Report on vaccination in Madras 1904-1921 - 1904-1921
Year: 1904
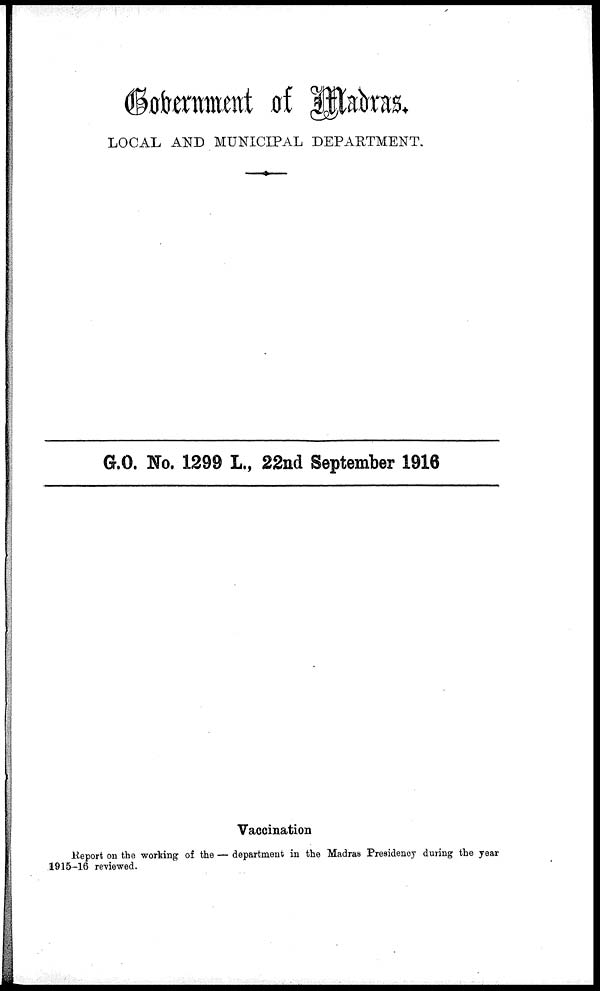
Government of Madras.
LOCAL AND MUNICIPAL DEPARTMENT.
G.O. No. 1299 L., 22nd September 1916
Vaccination
Report on the working of the — department in the Madras Presidency during the year
1915-16 reviewed.